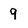
Character: 9